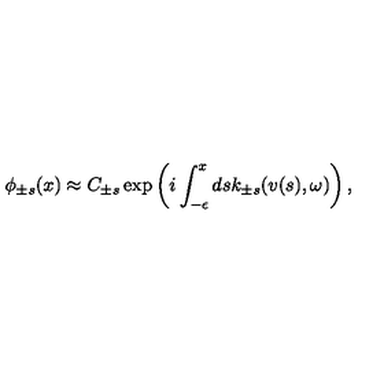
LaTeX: \phi _ { \pm s } ( x ) \approx C _ { \pm s } \exp \left( i \int _ { - \epsilon } ^ { x } d s k _ { \pm s } ( v ( s ) , \omega ) \right) ,